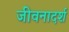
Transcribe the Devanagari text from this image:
जीवनादर्श